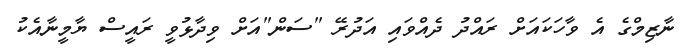
ނާޒިމްގެ އެ ވާހަކައަށް ރައްދު ދެއްވައި އަދުރޭ "ސަން"އަށް ވިދާޅުވީ ރައީސް ޔާމީނާއެކު